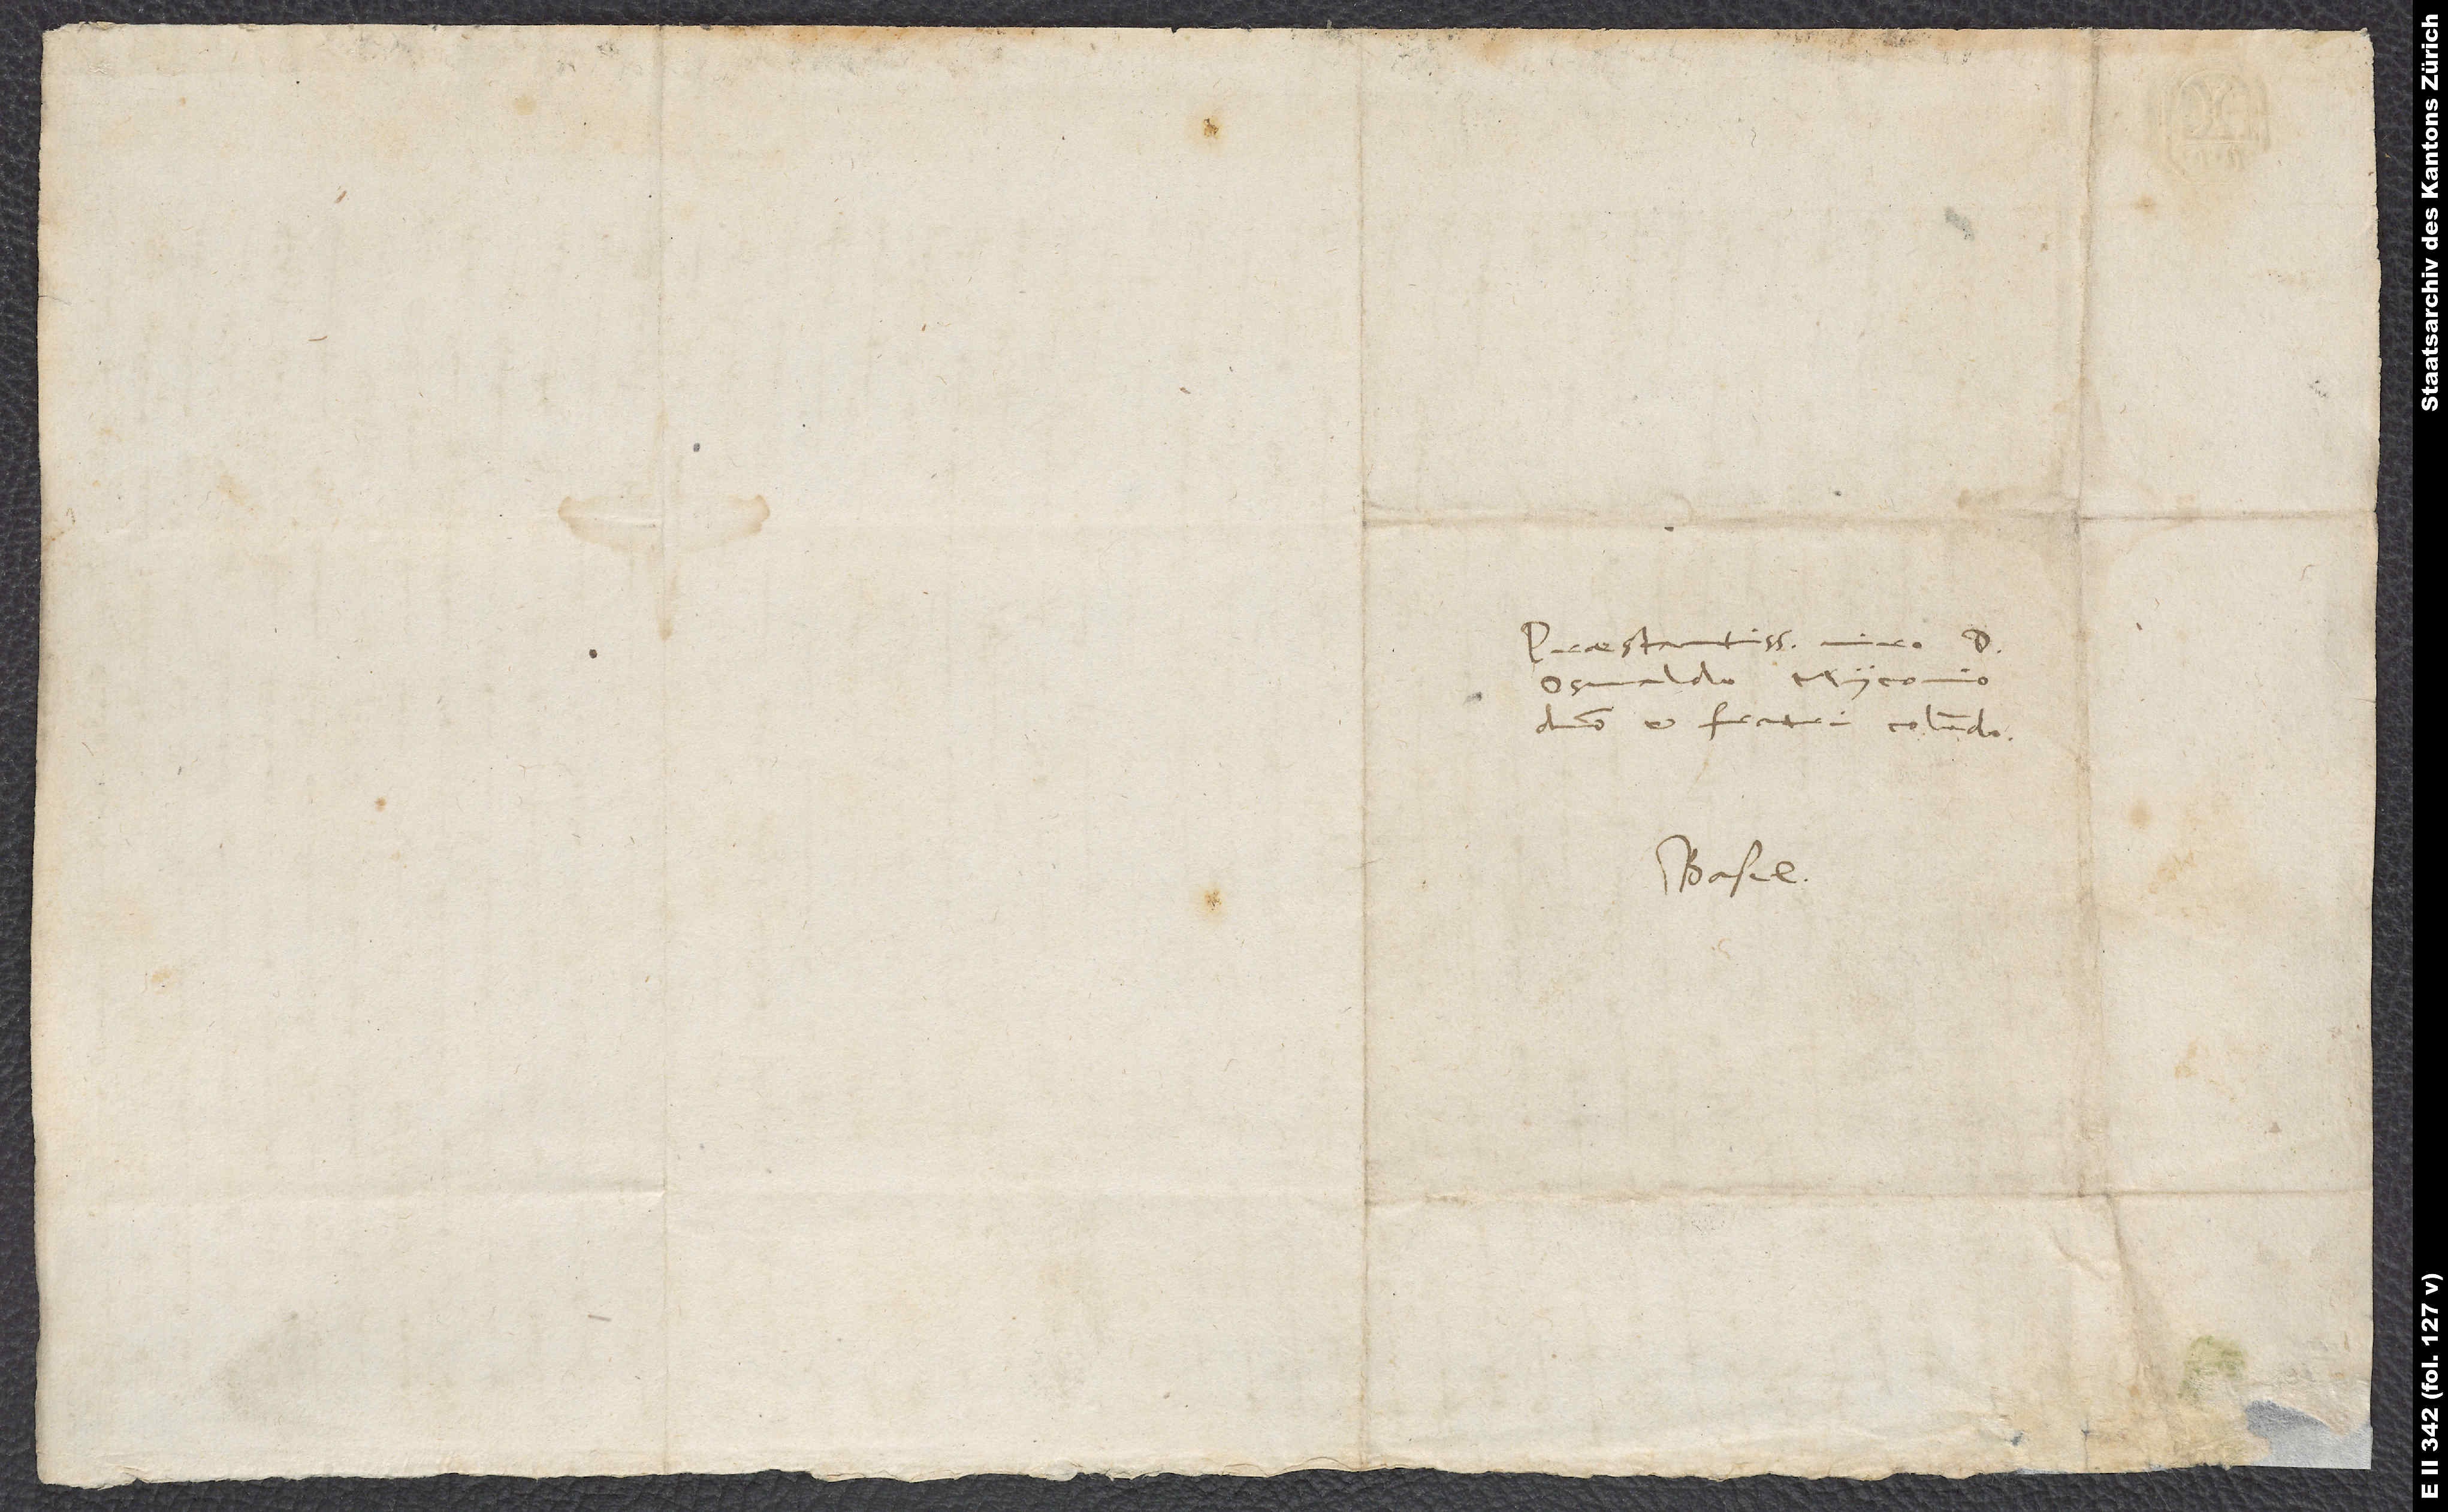
Praestantissimo viro d.
Osvaldo Myconio,
domino et fratri colendo.
Basel.